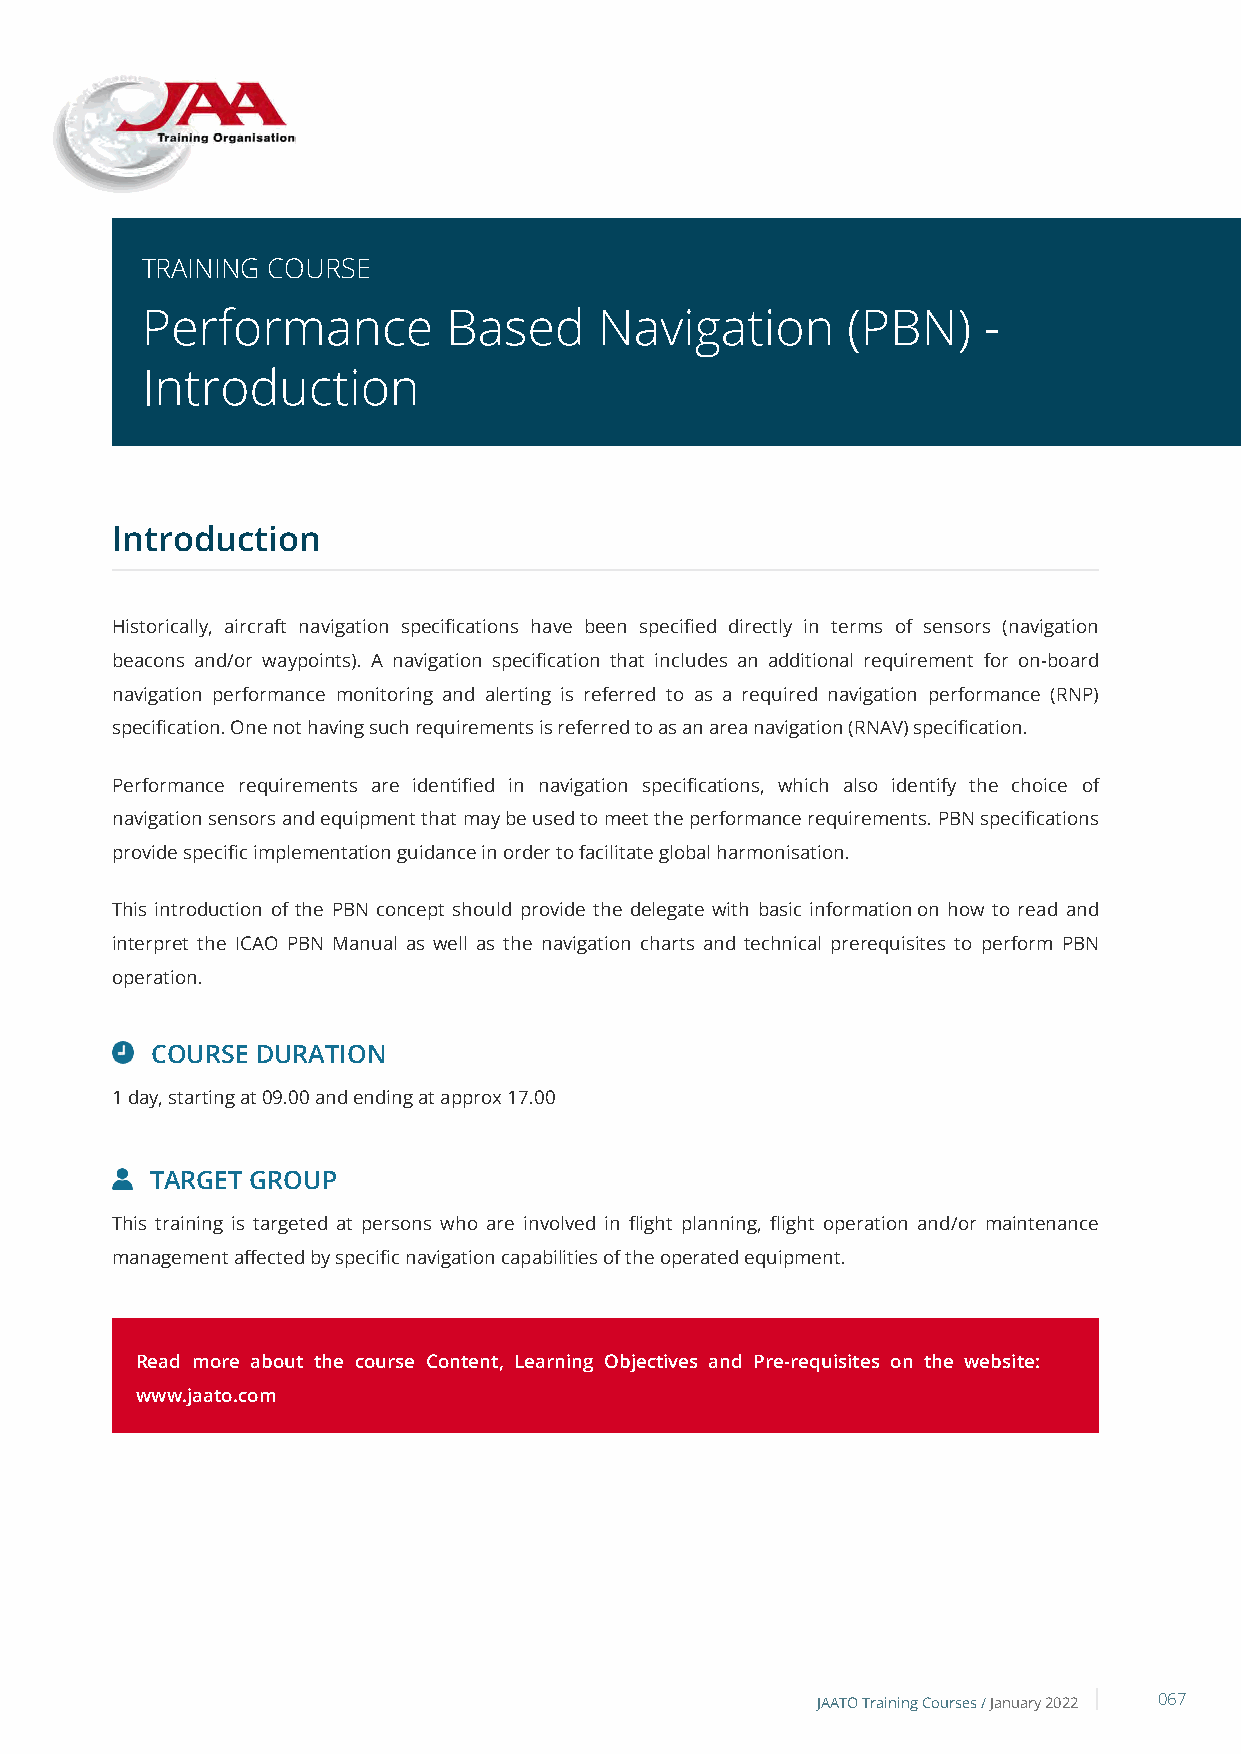
TRAINING COURSE
 Performance          Based     Navigation      (PBN)    -
 Introduction
 Introduction
 Historically, aircraft navigation specifications have been specified directly in terms of sensors (navigation
 beacons and/or waypoints). A navigation specification that includes an additional requirement for on-board
 navigation performance monitoring and alerting is referred to as a required navigation performance (RNP)
 specification. One not having such requirements is referred to as an area navigation (RNAV) specification.
 Performance requirements are identified in navigation specifications, which also identify the choice of
 navigation sensors and equipment that may be used to meet the performance requirements. PBN specifications
 provide specific implementation guidance in order to facilitate global harmonisation.
 This introduction of the PBN concept should provide the delegate with basic information on how to read and
 interpret the ICAO PBN Manual as well as the navigation charts and technical prerequisites to perform PBN
 operation.
 COURSE DURATION
 1 day, starting at 09.00 and ending at approx 17.00
 TARGET GROUP
 This training is targeted at persons who are involved in flight planning, flight operation and/or maintenance
 management affected by specific navigation capabilities of the operated equipment.
 Read more about the course Content, Learning Objectives and Pre-requisites on the website:
 www.jaato.com
 JAATO Training Courses /January 2022 067